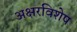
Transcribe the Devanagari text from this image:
अक्षरविशेष